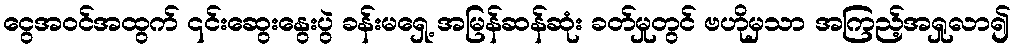
ငွေအဝင်အထွက် ၎င်းဆွေးနွေးပွဲ ခန်းမရှေ့ အမြန်ဆန်ဆုံး ခတ်မှုတွင် ဗဟိုမှသာ အကြည့်အရှုလာ၍